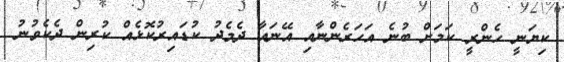
ކިޔަނީ ހެންރީ ކަމަށް ބުނެ އަހަރެންނާއި އޭނައާ ދެމެދު ކުޑައިރުކޮޅެއް ކުރިން ދެކެވުނު